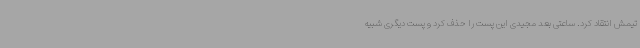
تیمش انتقاد کرد. ساعتی بعد مجیدی این پست را حذف کرد و پست دیگری شبیه